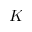
K